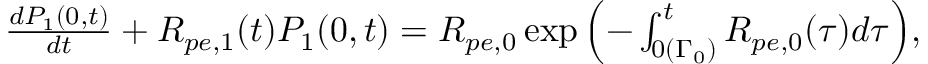
\begin{array} { r } { \frac { d P _ { 1 } ( 0 , t ) } { d t } + R _ { p e , 1 } ( t ) P _ { 1 } ( 0 , t ) = R _ { p e , 0 } \exp { \Bigl ( - \int _ { 0 ( \Gamma _ { 0 } ) } ^ { t } R _ { p e , 0 } ( \tau ) d \tau \Bigr ) } , } \end{array}